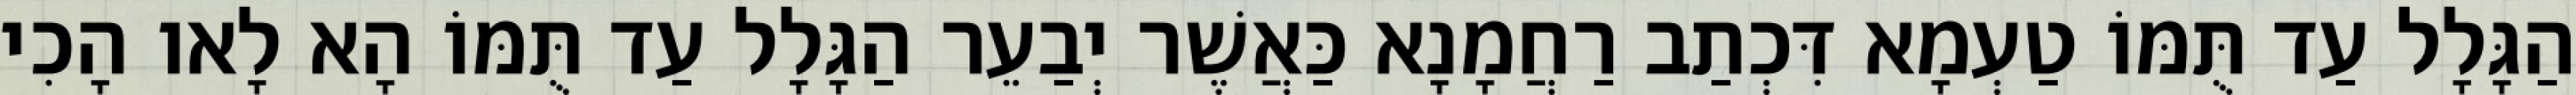
הַגָּלָל עַד תֻּמּוֹ טַעְמָא דִּכְתַב רַחֲמָנָא כַּאֲשֶׁר יְבַעֵר הַגָּלָל עַד תֻּמּוֹ הָא לָאו הָכִי